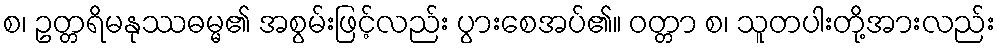
စ၊ ဥတ္တရိမနုဿဓမ္မ၏ အစွမ်းဖြင့်လည်း ပွားစေအပ်၏။ ဝတ္တာ စ၊ သူတပါးတို့အားလည်း